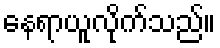
နေရာယူလိုက်သည်။